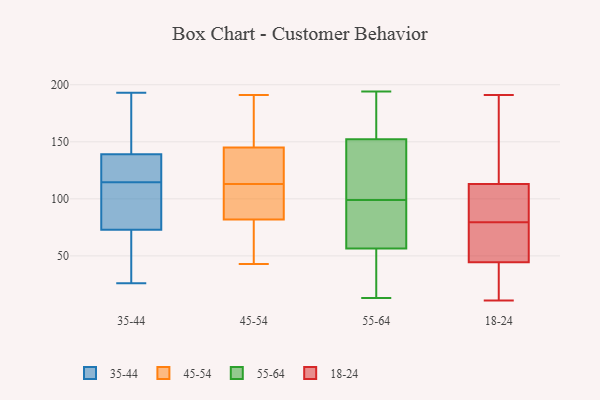
{"axis": {"x": "Net Income (USD K)", "y": "Value"}, "legend": ["18-24", "35-44", "45-54", "55-64"], "data": [{"x": "", "y": 128, "type": "35-44"}, {"x": "", "y": 123, "type": "35-44"}, {"x": "", "y": 43, "type": "35-44"}, {"x": "", "y": 27, "type": "35-44"}, {"x": "", "y": 102, "type": "35-44"}, {"x": "", "y": 96, "type": "35-44"}, {"x": "", "y": 151, "type": "35-44"}, {"x": "", "y": 193, "type": "35-44"}, {"x": "", "y": 146, "type": "35-44"}, {"x": "", "y": 26, "type": "35-44"}, {"x": "", "y": 139, "type": "35-44"}, {"x": "", "y": 110, "type": "35-44"}, {"x": "", "y": 125, "type": "35-44"}, {"x": "", "y": 39, "type": "35-44"}, {"x": "", "y": 73, "type": "35-44"}, {"x": "", "y": 91, "type": "35-44"}, {"x": "", "y": 166, "type": "35-44"}, {"x": "", "y": 119, "type": "35-44"}, {"x": "", "y": 145, "type": "45-54"}, {"x": "", "y": 159, "type": "45-54"}, {"x": "", "y": 121, "type": "45-54"}, {"x": "", "y": 152, "type": "45-54"}, {"x": "", "y": 137, "type": "45-54"}, {"x": "", "y": 116, "type": "45-54"}, {"x": "", "y": 76, "type": "45-54"}, {"x": "", "y": 59, "type": "45-54"}, {"x": "", "y": 93, "type": "45-54"}, {"x": "", "y": 110, "type": "45-54"}, {"x": "", "y": 43, "type": "45-54"}, {"x": "", "y": 82, "type": "45-54"}, {"x": "", "y": 191, "type": "45-54"}, {"x": "", "y": 97, "type": "45-54"}, {"x": "", "y": 177, "type": "55-64"}, {"x": "", "y": 64, "type": "55-64"}, {"x": "", "y": 69, "type": "55-64"}, {"x": "", "y": 194, "type": "55-64"}, {"x": "", "y": 13, "type": "55-64"}, {"x": "", "y": 158, "type": "55-64"}, {"x": "", "y": 192, "type": "55-64"}, {"x": "", "y": 99, "type": "55-64"}, {"x": "", "y": 54, "type": "55-64"}, {"x": "", "y": 44, "type": "55-64"}, {"x": "", "y": 135, "type": "55-64"}, {"x": "", "y": 106, "type": "55-64"}, {"x": "", "y": 13, "type": "55-64"}, {"x": "", "y": 98, "type": "55-64"}, {"x": "", "y": 108, "type": "55-64"}, {"x": "", "y": 191, "type": "18-24"}, {"x": "", "y": 121, "type": "18-24"}, {"x": "", "y": 72, "type": "18-24"}, {"x": "", "y": 187, "type": "18-24"}, {"x": "", "y": 86, "type": "18-24"}, {"x": "", "y": 65, "type": "18-24"}, {"x": "", "y": 11, "type": "18-24"}, {"x": "", "y": 21, "type": "18-24"}, {"x": "", "y": 80, "type": "18-24"}, {"x": "", "y": 24, "type": "18-24"}, {"x": "", "y": 105, "type": "18-24"}, {"x": "", "y": 79, "type": "18-24"}]}